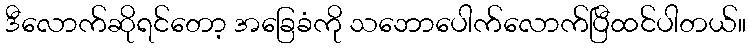
ဒီလောက်ဆိုရင်တော့ အခြေခံကို သဘောပေါက်လောက်ပြီထင်ပါတယ်။